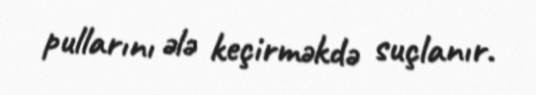
pullarını ələ keçirməkdə suçlanır.